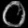
Digit: ၀